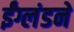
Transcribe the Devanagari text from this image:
ईंग्लंडने